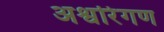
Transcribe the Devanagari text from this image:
अश्वरिंगण